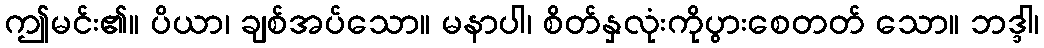
ဤမင်း၏။ ပိယာ၊ ချစ်အပ်သော။ မနာပါ၊ စိတ်နှလုံးကိုပွားစေတတ် သော။ ဘဒ္ဒါ၊